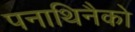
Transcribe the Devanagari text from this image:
पनाथिनैको